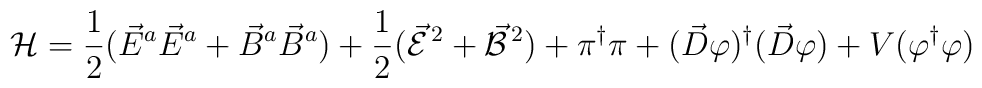
{\cal H}   =   \frac{1}{2} ( \vec{E}^a \vec{E}^a + \vec{B}^a \vec{B}^a)+ \frac{1}{2} ( \vec{\cal E}^{\,2} + \vec{\cal B}^{\,2} )+ \pi^{\dagger} \pi + ( \vec{D} \varphi )^{\dagger}( \vec{D} \varphi ) + V ( \varphi^{\dagger} \varphi )